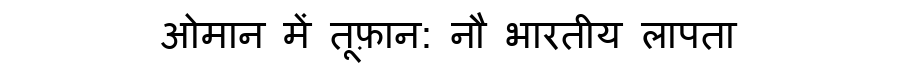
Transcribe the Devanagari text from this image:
ओमान में तूफ़ान: नौ भारतीय लापता